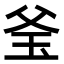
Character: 𤤎